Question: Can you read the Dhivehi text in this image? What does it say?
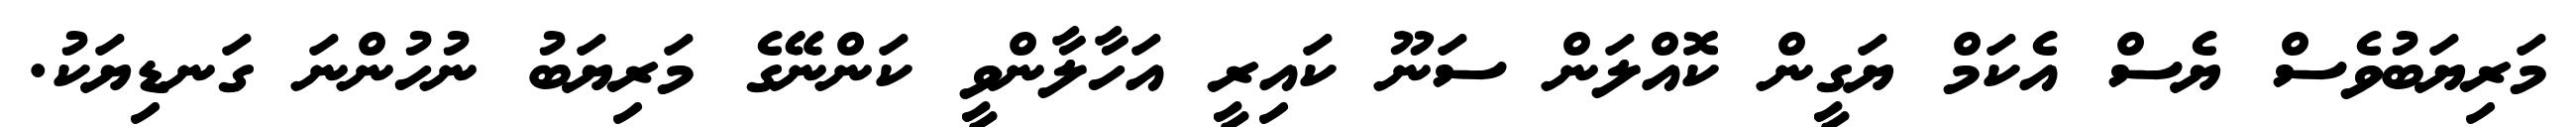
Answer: މަރިޔަބުވެސް ޔެސް އެކަމް ޔަގީން ކޮއްލަން ސަނޫ ކައިރީ އަހާލާންވީ ކަންނޭގެ މަރިޔަބު ނުހުންނަ ގަނޑިޔަކު.